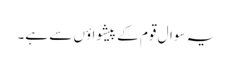
یہ سوال قوم کے پیشواؤں سے ہے۔